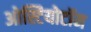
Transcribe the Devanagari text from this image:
ओस्टियोटॉम